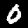
Digit: 0